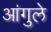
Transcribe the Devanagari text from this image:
आंगुले